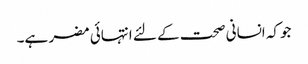
جوکہ انسانی صحت کے لئے انتہائی مضر ہے۔